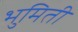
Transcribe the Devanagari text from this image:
भुमिती